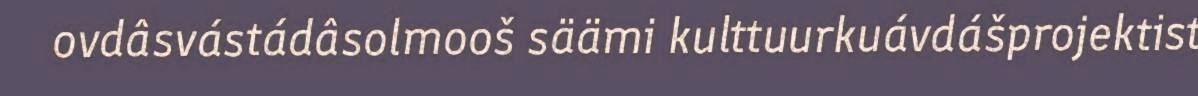
ovdâsvástádâsolmooš säämi kulttuurkuávdášprojektist